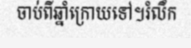
ចាប់ពីឆ្នាំក្រោយទៅ។រំលឹក